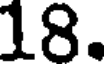
18.